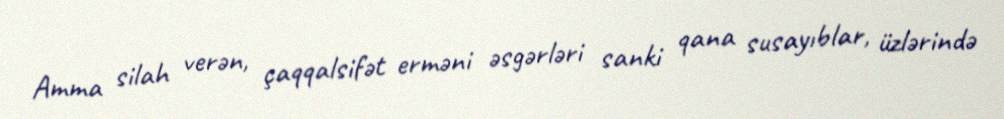
Amma silah verən, çaqqalsifət erməni əsgərləri sanki qana susayıblar, üzlərində